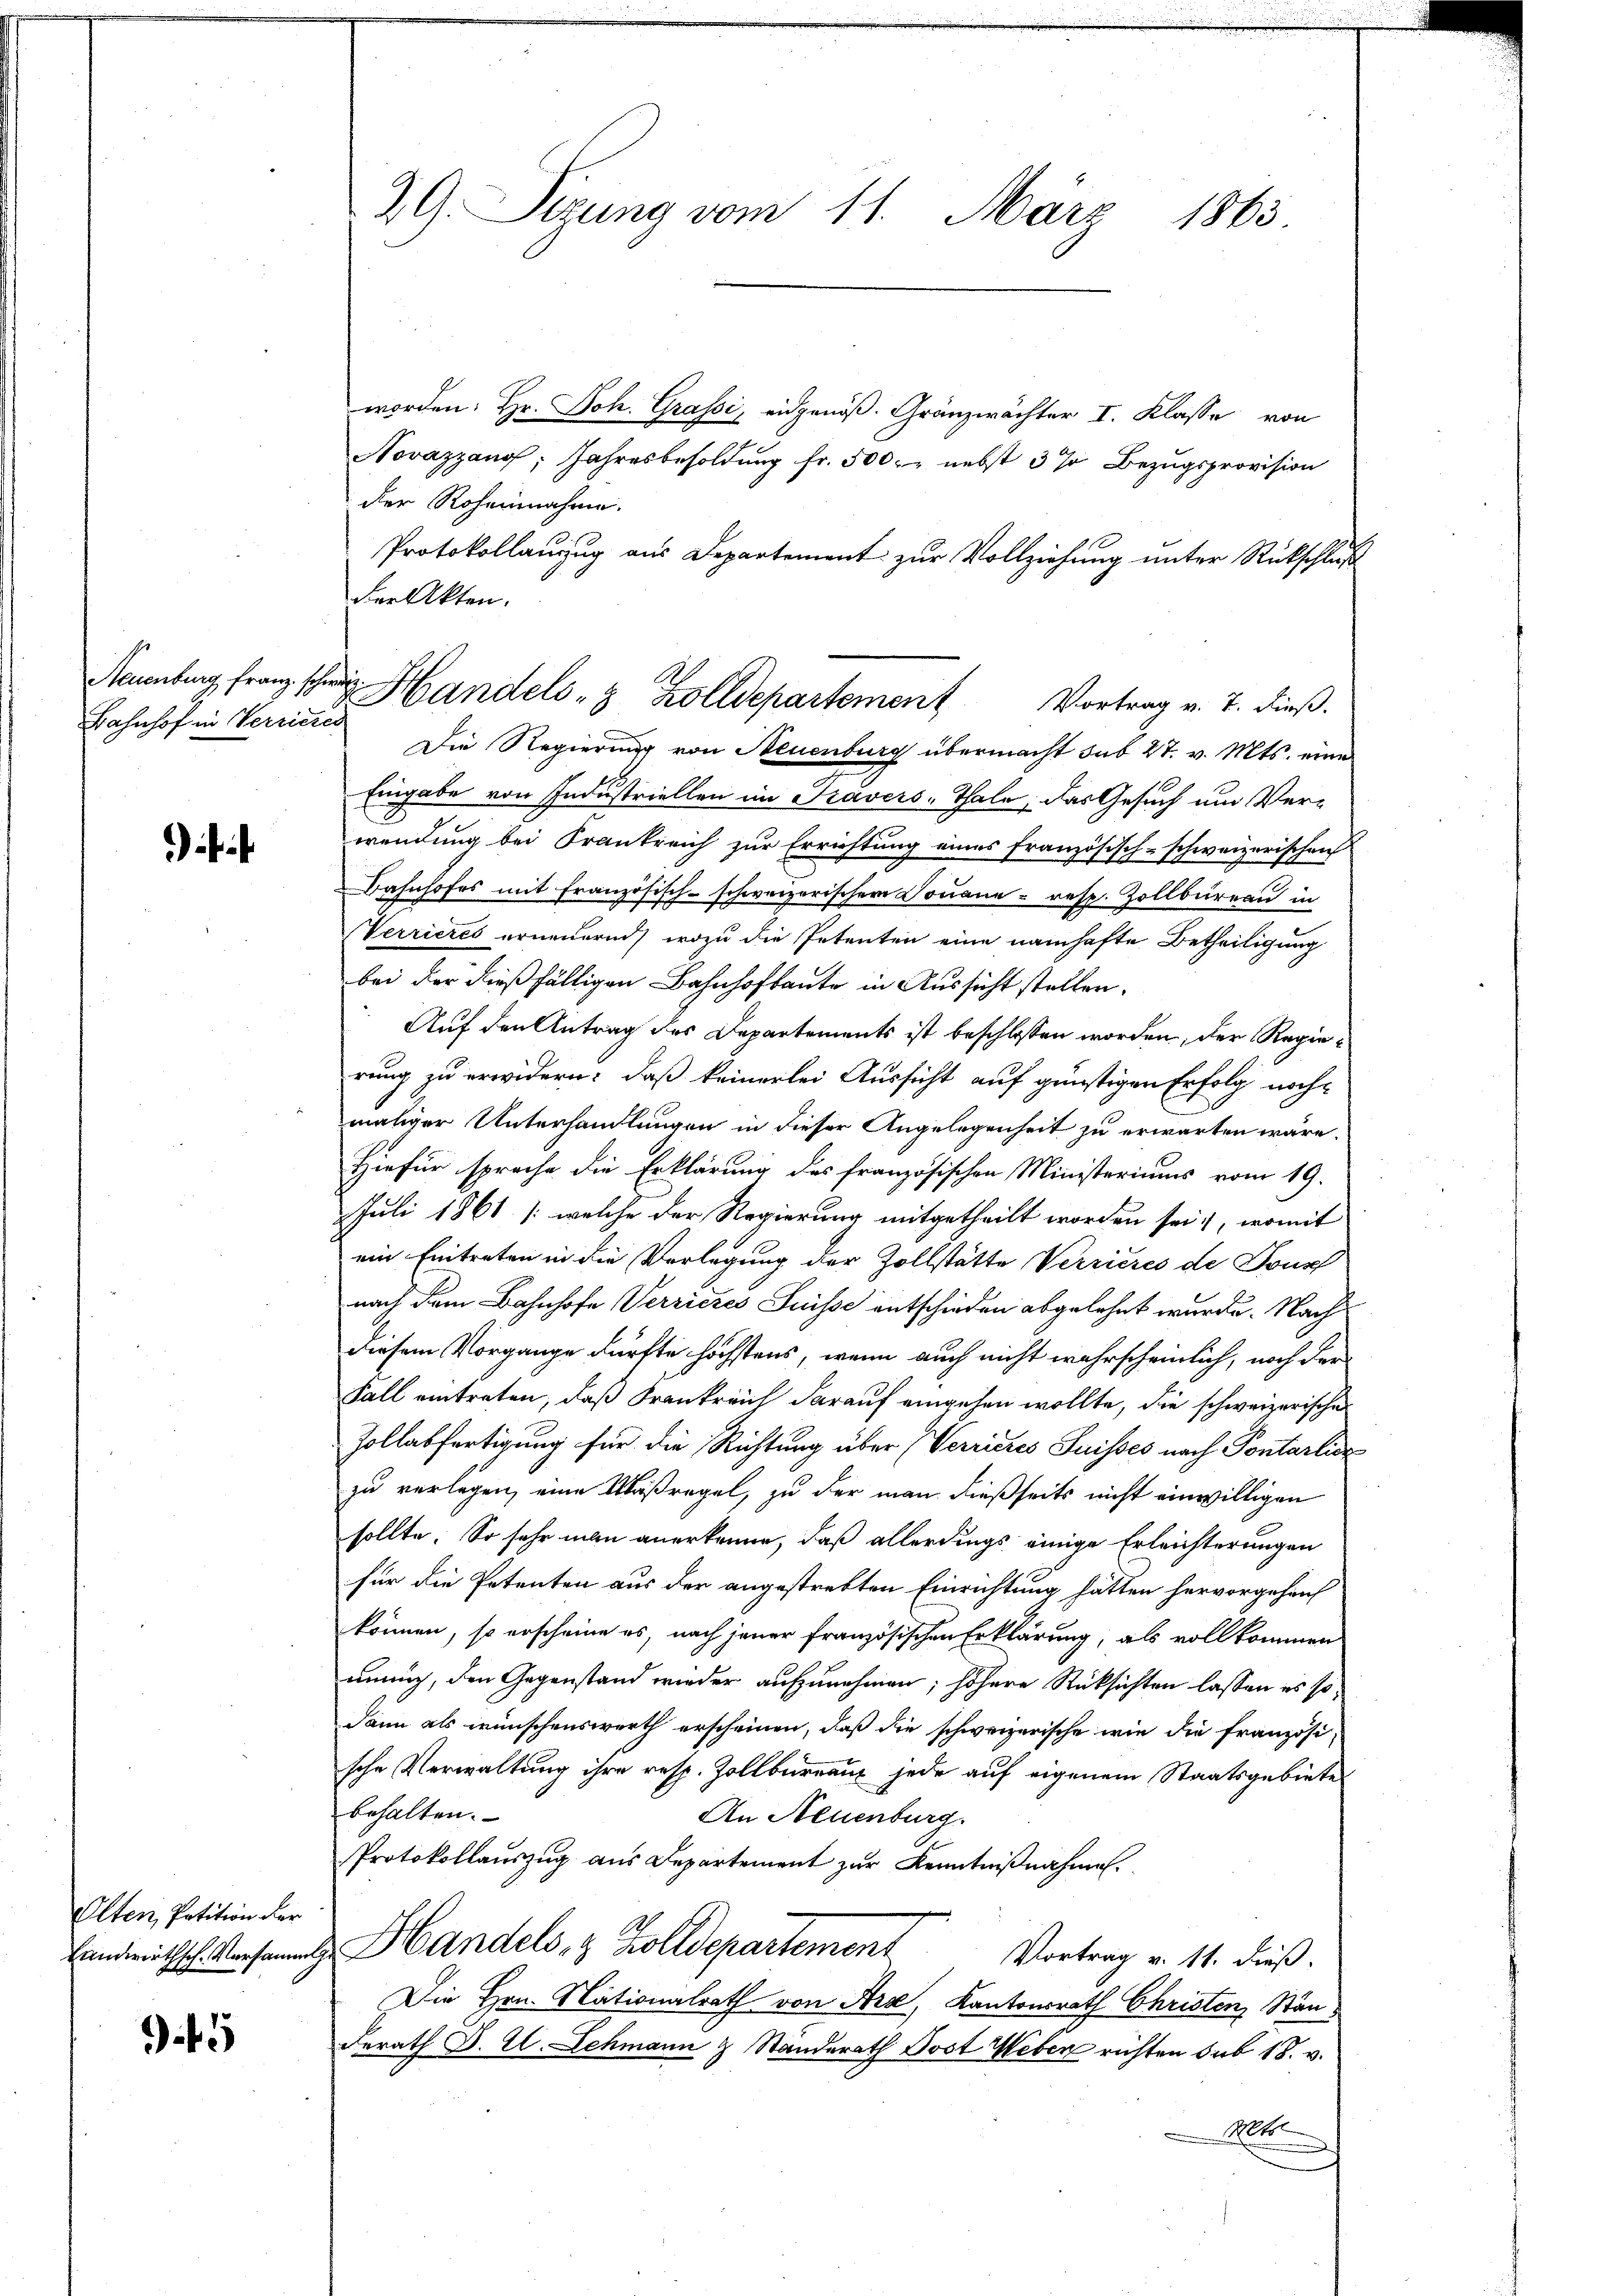
Neuenburg franz schon
Bahnhof in Verricher

Olten, Petition der
Landwirthsch. Versamml

5

29. Sizung vom 11. März 1865.

worden: Hr. Joh. Grassi, eidgenöß. Gränzwächter I. Klasse von
Novazzang, Jahresbesoldŭng fr. 500. nebst 3 % Bezŭgsprovision
der Roheinnahme.
Protokollaŭzŭg aŭs Departement zŭr Vollziehŭng ŭnter Rückschluß
der Akten.
Die Regierung von Neuenburg übermacht sub 27. v. Mts. eine
Eingabe von Industriellen im Travers-Thale, das Gesuch und Ver-
wendung bei Frankreich zur Errichtung eines französisch-schweizerischen
Bahnhofes mit französisch-schweizerischen Douana - resp. Zollbüreau in
Verrieres erneuernd, wozu die Petenten eine namhafte Betheiligung
bei der dießfälligen Bahnhofbaute in Aussicht stellen.
Auf den Antrag des Departements ist beschlossen worden, der Regierung zu erwidern: daß keinerlei Aussicht auf günstigen Erfolg nochmaliger Unterhandlungen in dieser Angelegenheit zu erwarten wäre.
Hiefür sprache die Erklärung des französischen Ministeriums vom 19.
Juli 1861 /: welche der Regierung mitgetheilt worden sei, womit
ein Eintreten in die Verlegung der Zollstätte Verrieres de Tous
nach dem Bahnhofe Verrieses Suisse entschieden abgelehnt wurde. Nach
diesem Vorgange dürfte höchstens, wenn auch nicht wahrscheinlich, noch der
Fall eintreten, daß Frankreich darauf eingehen wollte, die schweizerische
Zollabfertigung für die Richtung über (Verrieres Suisses nach Pontarlic
zu verlegen, eine Maßregel, zu der man dießseits nicht einwilligen
sollte. So sehr min anerkenne, daß allerdings einige Erleichterungen
für die Petenten aus der angestrebten Einrichtung hätten hervorgehauf
können, so erscheine es, nach jener französischen Erklärung, als vollkommen
nnig, den Gegenstand wieder aufzunehmen; höhere Rücksichten lassen es so¬
Dann als wünschenswerth erscheinen, daß die schweizerische wie die französi-
sche Verwaltung ihre resp. Zollbüreaus jede auf eigenem Staatsgebiete
behalten.
An Neuenburg.
Protokollauszug aus Departement zur Kenntnißnahmen.
Handels, 3 Zolldepartement
Vortrag v. 11. dieß.
Die Hrn. Nationalrath von Arx, Kantonsrath Christen Stän
derath D. C. Schmann & Standerath Jost Weber richten sub 18. v.
lt

ti¬
Handels- & Zolldepartement Vortrag v. 7. dieβ.